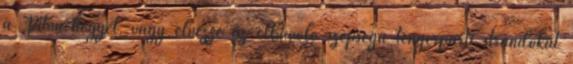
a Piton-hegyet, vagy élvezze az elbűvölő szépségű tengerparti strandokat